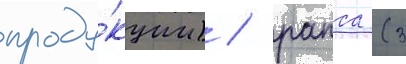
проду́кции) / рапса (3